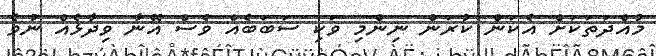
މުއްދަތަކަށް އެކަން ކުރަން ނިންމި ވަކި ސަބަބެއް ވެސް އޭނާ ވިދާޅެއް ނުވެ